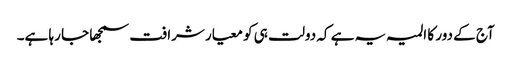
آج کے دور کا المیہ یہ ہے کہ دولت ہی کو معیار شرافت سمجھا جا رہا ہے۔